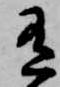
有